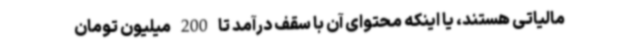
مالیاتی هستند، یا اینکه محتوای آن با سقف درآمد تا 200 میلیون تومان